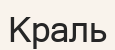
Краль